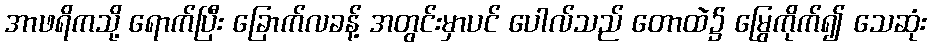
အာဖရိကသို့ ရောက်ပြီး ခြောက်လခန့် အတွင်းမှာပင် ပေါလ်သည် တောထဲ၌ မြွေကိုက်၍ သေဆုံး